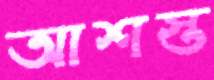
আশস্ত